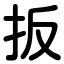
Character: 扳